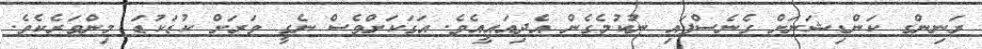
ރަނިންގ ކަންޑިޝަނަށް ގެނެސްފައި ނުކުމެގެން އެދިއައީއެވެ. އަގަކަށްވެސް ނެގީ ވަރަށް ކުޑަކުޑަ މިންވަރެކެވެ.